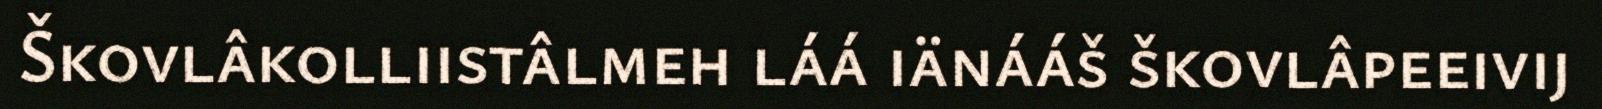
Škovlâkolliistâlmeh láá iänááš škovlâpeeivij